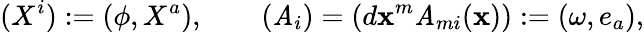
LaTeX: (X^{i}):=(\phi,X^{a}),\qquad(\mathit{A}_{i})=(d\mathbf{x}^{m}\mathit{A}_{mi}(\mathbf{x})):=(\omega,e_{a}),